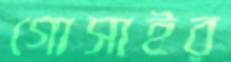
গোসাইর